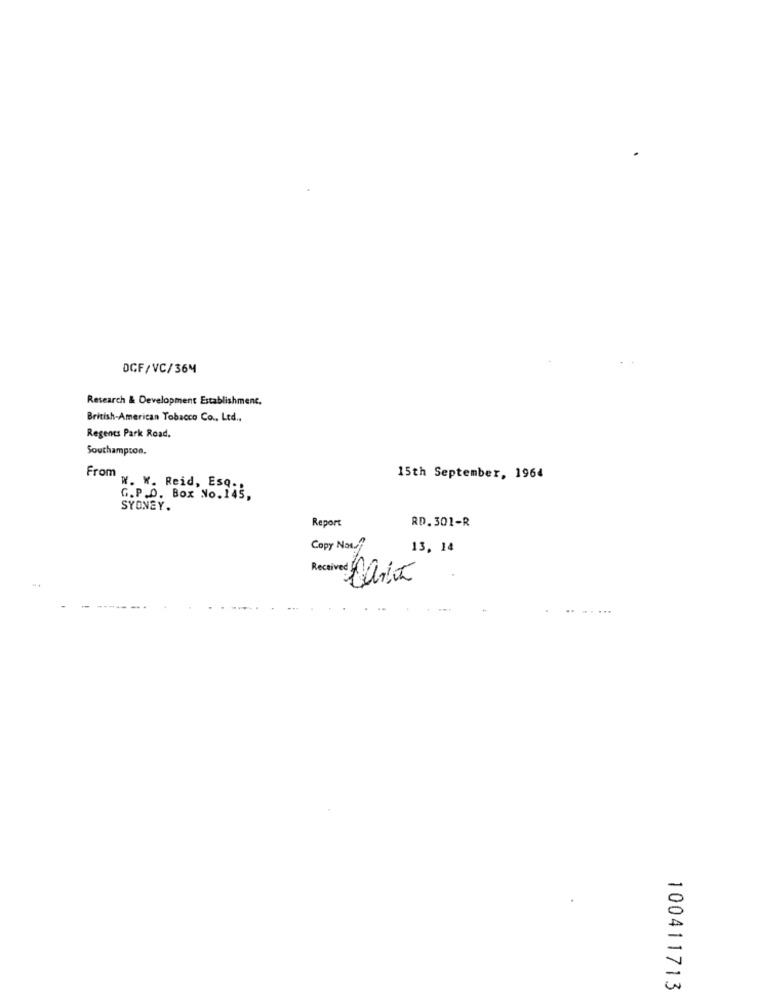
DGF/VC/36M
Research & Development Establishment.
British-American Tobacco Co ., Ltd .,
Regents Park Road.
Southampton.
From.
15th September, 1964
W. W. Reid, Esq ..
G.P.O. Box No. 145,
SYDNEY.
Report
RD.301-R
Copy Now.f
13, 14
-.
.......
100411713